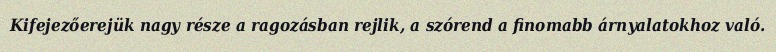
Kifejezőerejük nagy része a ragozásban rejlik, a szórend a finomabb árnyalatokhoz való.